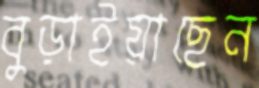
বুড়াইয়াছেন